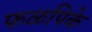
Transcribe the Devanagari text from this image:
फळपिके